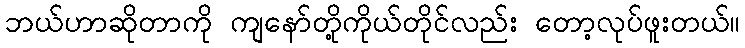
ဘယ်ဟာဆိုတာကို ကျနော်တို့ကိုယ်တိုင်လည်း တော့လုပ်ဖူးတယ်။